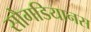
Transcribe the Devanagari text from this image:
सौगडियानस